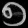
Digit: ၅